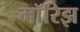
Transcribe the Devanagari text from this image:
मॉरिझ